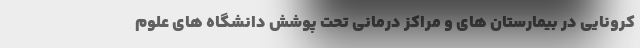
کرونایی در بیمارستان های و مراکز درمانی تحت پوشش دانشگاه های علوم